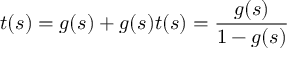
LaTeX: t ( s ) = g ( s ) + g ( s ) t ( s ) = { \frac { g ( s ) } { 1 - g ( s ) } }